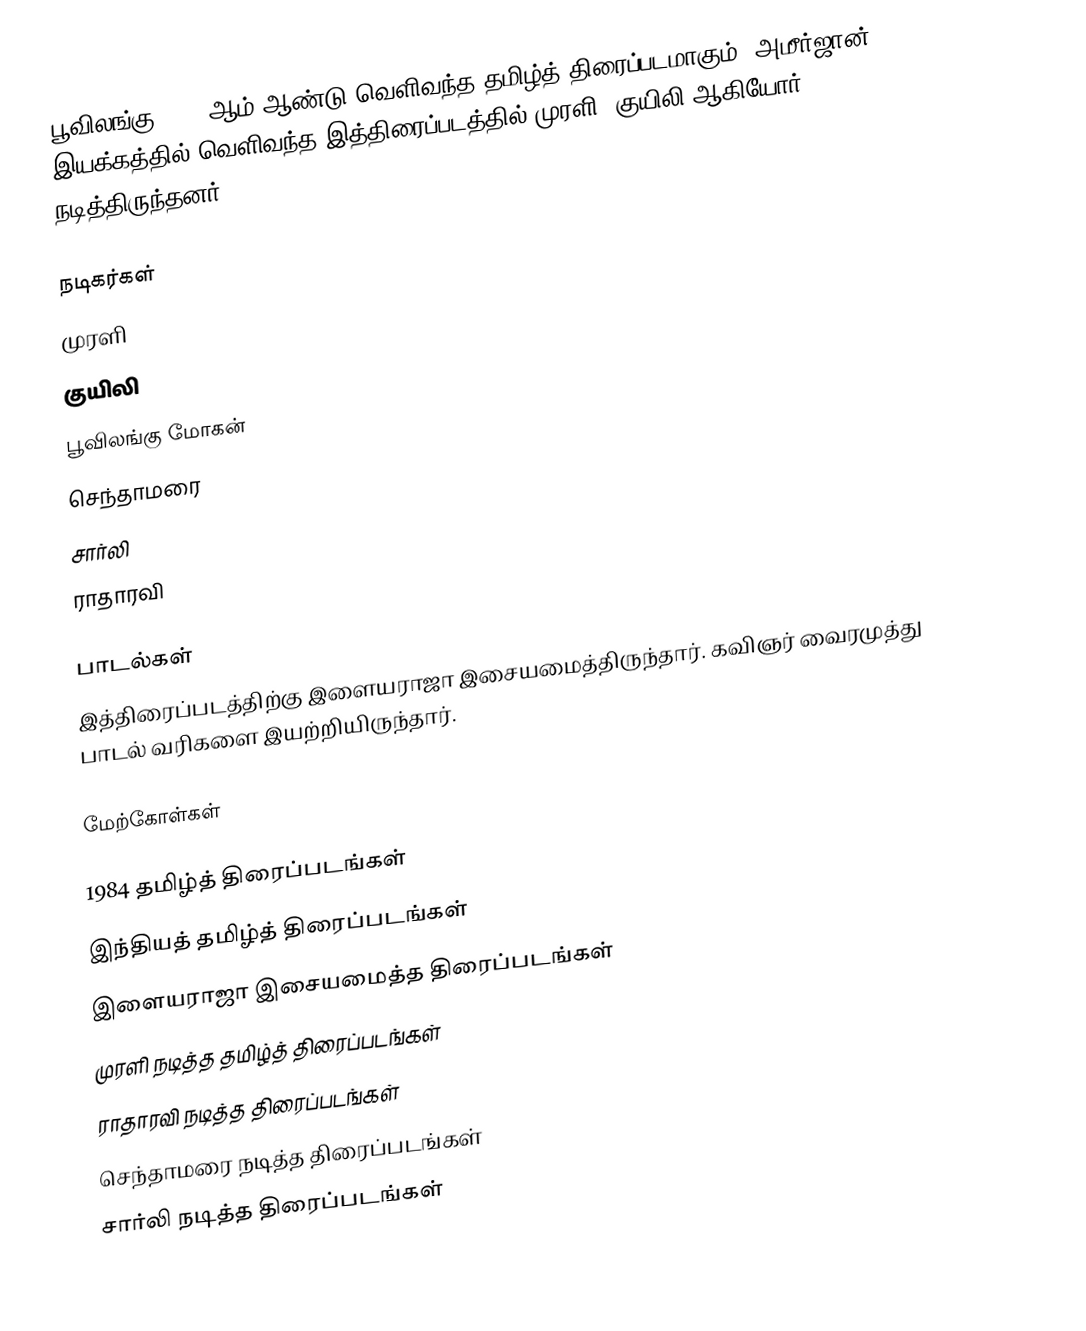
பூவிலங்கு 1984 ஆம் ஆண்டு வெளிவந்த தமிழ்த் திரைப்படமாகும். அமீர்ஜான் இயக்கத்தில் வெளிவந்த இத்திரைப்படத்தில் முரளி, குயிலி ஆகியோர் நடித்திருந்தனர்.

நடிகர்கள்
முரளி
குயிலி
பூவிலங்கு மோகன்
செந்தாமரை
சார்லி
ராதாரவி

பாடல்கள்
இத்திரைப்படத்திற்கு இளையராஜா இசையமைத்திருந்தார். கவிஞர் வைரமுத்து பாடல் வரிகளை இயற்றியிருந்தார்.

மேற்கோள்கள்

1984 தமிழ்த் திரைப்படங்கள்
இந்தியத் தமிழ்த் திரைப்படங்கள்
இளையராஜா இசையமைத்த திரைப்படங்கள்
முரளி நடித்த தமிழ்த் திரைப்படங்கள்
ராதாரவி நடித்த திரைப்படங்கள்
செந்தாமரை நடித்த திரைப்படங்கள்
சார்லி நடித்த திரைப்படங்கள்